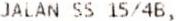
JALAN SS 15/4B,